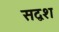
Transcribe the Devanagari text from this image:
सद्वश